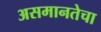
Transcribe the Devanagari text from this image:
असमानतेचा